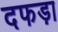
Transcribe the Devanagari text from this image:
दफड़ा